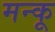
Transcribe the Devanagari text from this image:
मन्कू